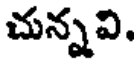
చున్నవి,